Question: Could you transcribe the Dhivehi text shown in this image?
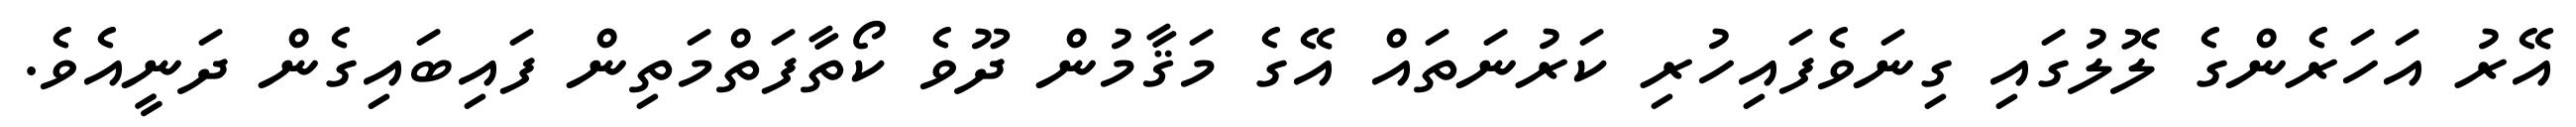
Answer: އޭރު އަހަރެންގެ ލޮލުގައި ގިނަވެފައިހުރި ކަރުނަތައް އޭގެ މަޤާމުން ދޫވެ ކޯތާފަތްމަތިން ފައިބައިގެން ދަނީއެވެ.